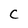
Character: C